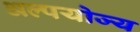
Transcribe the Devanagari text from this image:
अल्पयोज्य